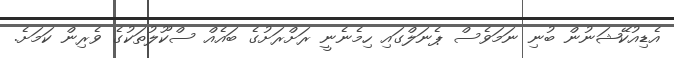
އެޑިއުކޭޝަނުން ބުނި ނަމަވެސް ޕެނަލްގައި ހިމެނެނީ ރަށްރަށުގެ ބައެއް ސްކޫލުތަކުގެ ވެރިން ކަމަށެ.